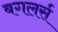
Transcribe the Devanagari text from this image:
बगलर्स